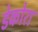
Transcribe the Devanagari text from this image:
डेकोरा